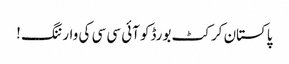
پاکستان کرکٹ بورڈکو آئی سی سی کی وارننگ !